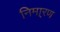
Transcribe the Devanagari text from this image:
निमा्रण